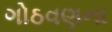
ગોઠવણના